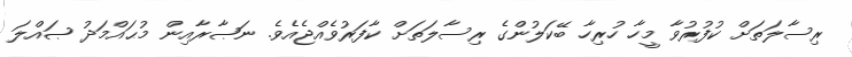
ރިސާލަތަށް ކުފުރުވާ މީހާ ހުރިހާ ބޭކަލުންގެ ރިސާލަތަށް ކާފަރުވެއްޖެއެވެ. ނަޞާރާއިން މުޙައްމަދު ޞައްލަ